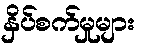
နှိပ်စက်မှုများ